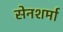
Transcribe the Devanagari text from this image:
सेनशर्मा